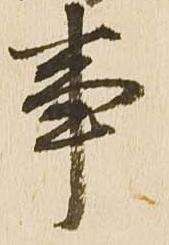
事